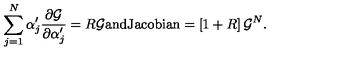
\sum _ { j = 1 } ^ { N } \alpha _ { j } ^ { \prime } \frac { \partial { \cal { G } } } { \partial \alpha _ { j } ^ { \prime } } = R { \cal { G } } \mathrm { a n d } \mathrm { J a c o b i a n } = \left[ 1 + R \right] { \cal { G } } ^ { N } .